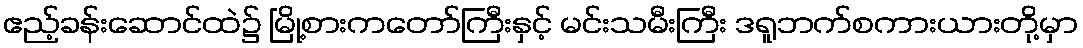
ဧည့်ခန်းဆောင်ထဲ၌ မြို့စားကတော်ကြီးနှင့် မင်းသမီးကြီး ဒရူဘက်စကားယားတို့မှာ